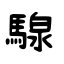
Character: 騡